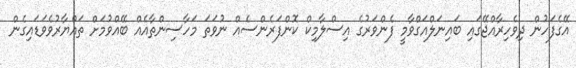
އޭގެފަހުން ދިވެހިރާއްޖޭގައި ބައިނަލްއަގްވާމީ ފެންވަރުގެ އިސްލާމިކް ކޮންފަރެންސެއް ނުވަތަ މަހާސިންތާއެއް ބޭއްވުމަށް ތައްޔާރުވެވަޑައިގެން